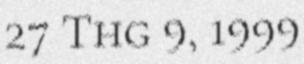
27 Thg 9, 1999